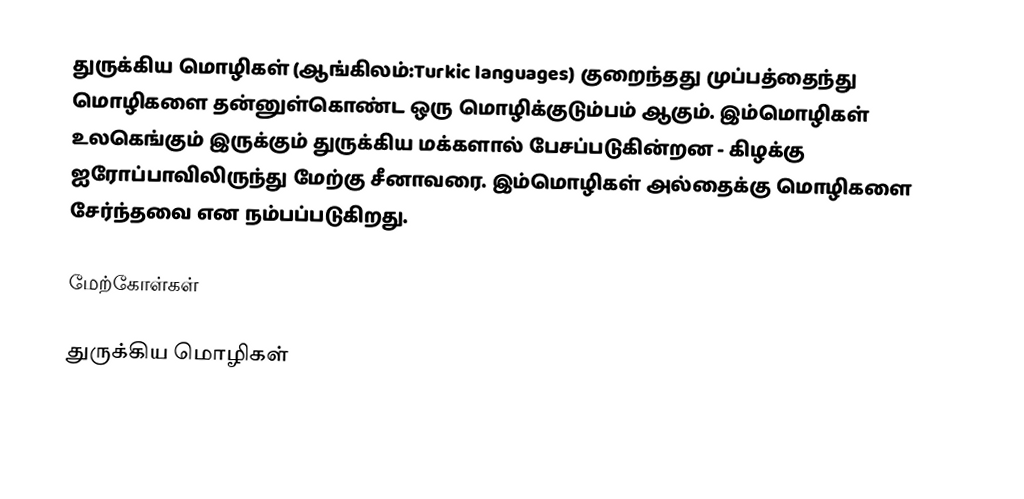
துருக்கிய மொழிகள் (ஆங்கிலம்:Turkic languages) குறைந்தது முப்பத்தைந்து மொழிகளை தன்னுள்கொண்ட ஒரு மொழிக்குடும்பம் ஆகும். இம்மொழிகள் உலகெங்கும் இருக்கும் துருக்கிய மக்களால் பேசப்படுகின்றன - கிழக்கு ஐரோப்பாவிலிருந்து மேற்கு சீனாவரை. இம்மொழிகள் அல்தைக்கு மொழிகளை சேர்ந்தவை என நம்பப்படுகிறது.

மேற்கோள்கள்

துருக்கிய மொழிகள்